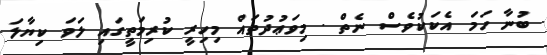
ބުނާ ހަމަ އެކަކުވެސް ނެތް . މިވަޢުދުތައް މިހިރީ ކުރިމަތީގައި ލަވަ ކިޔާލަ